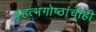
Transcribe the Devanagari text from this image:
बृहत्भगोष्ठांचीही